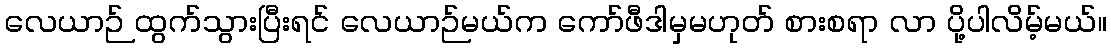
လေယာဉ် ထွက်သွားပြီးရင် လေယာဉ်မယ်က ကော်ဖီဒါမှမဟုတ် စားစရာ လာ ပို့ပါလိမ့်မယ်။